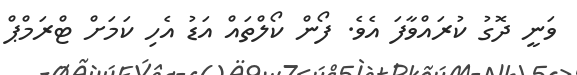
ވަނީ ދޮގު ކުރައްވާފަ އެވެ. ފޯން ކޯލްތައް އަޑު އެހި ކަމަށް ޓްރަމްޕް